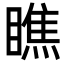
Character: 瞧